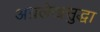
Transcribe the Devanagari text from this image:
अग्रलेखसुद्धा